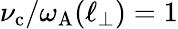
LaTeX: \nu_{\mathrm{c}}/\omega_{\mathrm{A}}(\ell_{\perp})=1